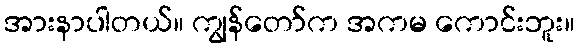
အားနာပါတယ်။ ကျွန်တော်က အကမ ကောင်းဘူး။